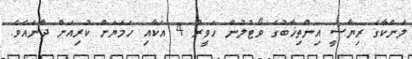
ލަންކާގެ ރިޔާސީ އިންތިޚާބުގެ ވޯޓުލުން ހަވީރު 4 އަކާއި ހަމަޔަށް ކުރިއަށް ދާނެއެވެ.